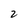
Character: 2